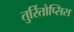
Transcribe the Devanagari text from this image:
तुर्रितोप्सिस